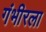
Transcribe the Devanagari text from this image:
गंभीरला